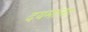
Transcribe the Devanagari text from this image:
दयमानाः